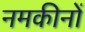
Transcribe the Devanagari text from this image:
नमकीनों